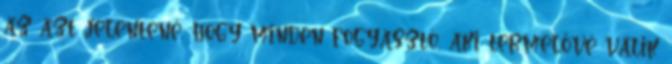
az azt jelentené, hogy minden fogyasztó, aki termelővé válik